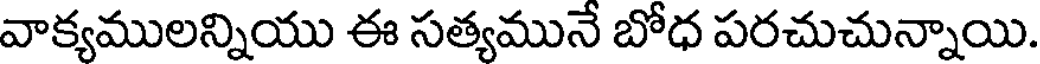
వాక్యములన్నియు ఈ సత్యమునే బోధ పరచుచున్నాయి